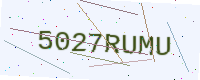
Text: 5027RUMU